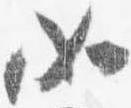
如